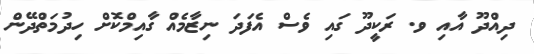
ދިއްދޫ އާއި ވ. ރަކީދޫ ގައި ވެސް އެފަދަ ނިޒާމެއް ގާއިމްކޮށް ހިދުމަތްދޭން